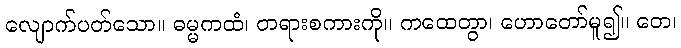
လျောက်ပတ်သော။ ဓမ္မကထံ၊ တရားစကားကို။ ကထေတွာ၊ ဟောတော်မူ၍။ တေ၊